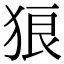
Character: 狼